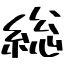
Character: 総